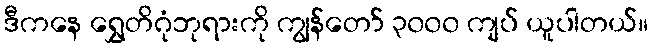
ဒီကနေ ရွှေတိဂုံဘုရားကို ကျွန်တော် ၃၀၀၀ ကျပ် ယူပါတယ်။